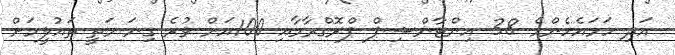
އަދި ހަމައެހެންމެ 38 އިންޓާންޝިޕް ޕްރޮގްރާމާއި 100އަށް ވުރެ ގިނަ މަތީ ތައުލީމަށް